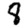
Digit: 8